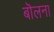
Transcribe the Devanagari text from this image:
बॊलना